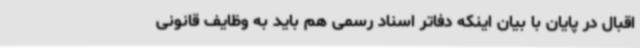
اقبال در پایان با بیان اینکه دفاتر اسناد رسمی هم باید به وظایف قانونی